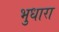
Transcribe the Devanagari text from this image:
भुधारा